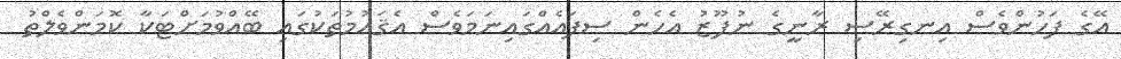
އޭގެ ފަހުންވެސް އިނގިރޭސި ރާނީގެ ނުފޫޒު އެހެން ސިފައެއްގައިނަމަވެސް އެޤައުމުތަކުގައި ބޭއްވުމަށްޓަކާ ކޮމަންވެލްތު